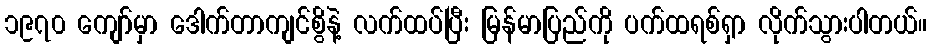
၁၉၇၀ ကျော်မှာ ဒေါက်တာကျင်စွိနဲ့ လက်ထပ်ပြီး မြန်မာပြည်ကို ပက်ထရစ်ရှာ လိုက်သွားပါတယ်။